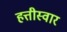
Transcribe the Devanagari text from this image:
हत्तीस्वार